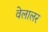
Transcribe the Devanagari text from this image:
वेलालर